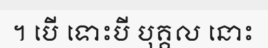
។ បើ ទោះបី បុគ្គល នោះ